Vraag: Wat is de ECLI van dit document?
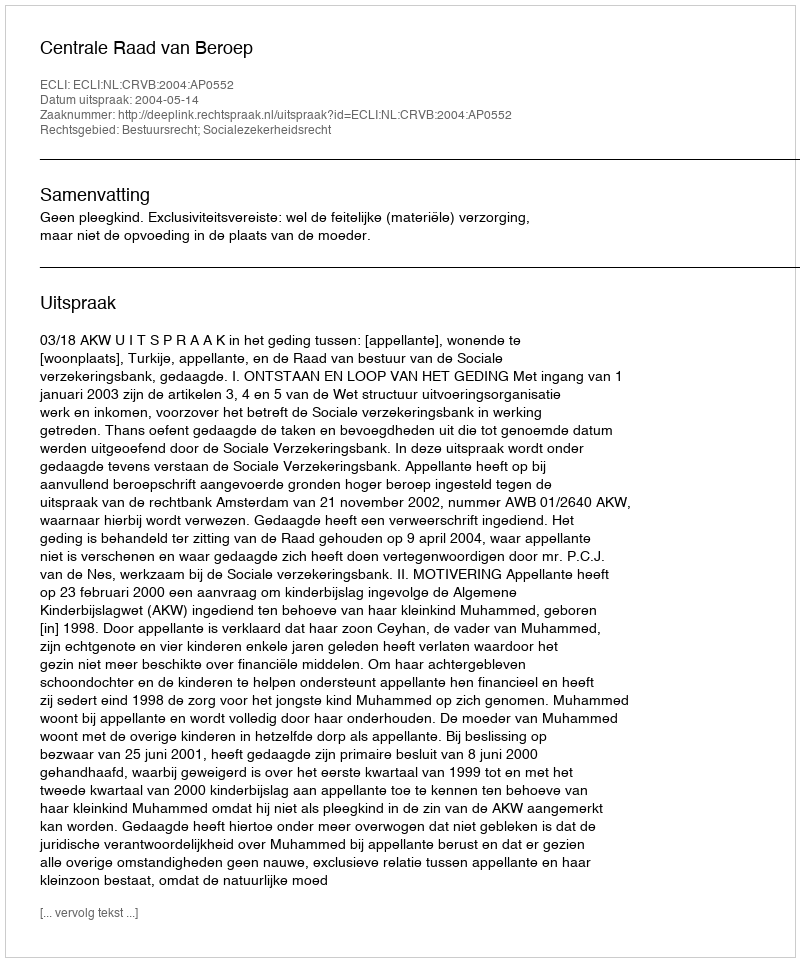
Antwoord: ECLI:NL:CRVB:2004:AP0552